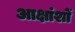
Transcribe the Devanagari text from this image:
आक्षांशों